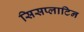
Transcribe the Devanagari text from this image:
सिसप्लाटिन